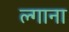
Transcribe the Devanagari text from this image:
ल्गाना